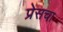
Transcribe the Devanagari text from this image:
प्रेसचा